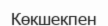
Көкшекпен